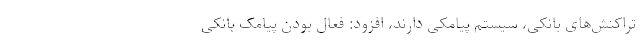
تراکنش‌های بانکی، سیستم پیامکی دارند، افزود: فعال بودن پیامک بانکی